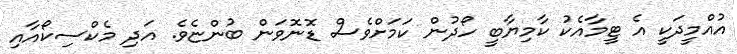
އުއްމީދަކީ އެ ޓީމާއެކު ކާމިޔާބީ ހޯދުން ކަމަށްވެސް ޑޮނޮވަން ބުންޏެވެ. އަދި މެކްސިކޯއާއި